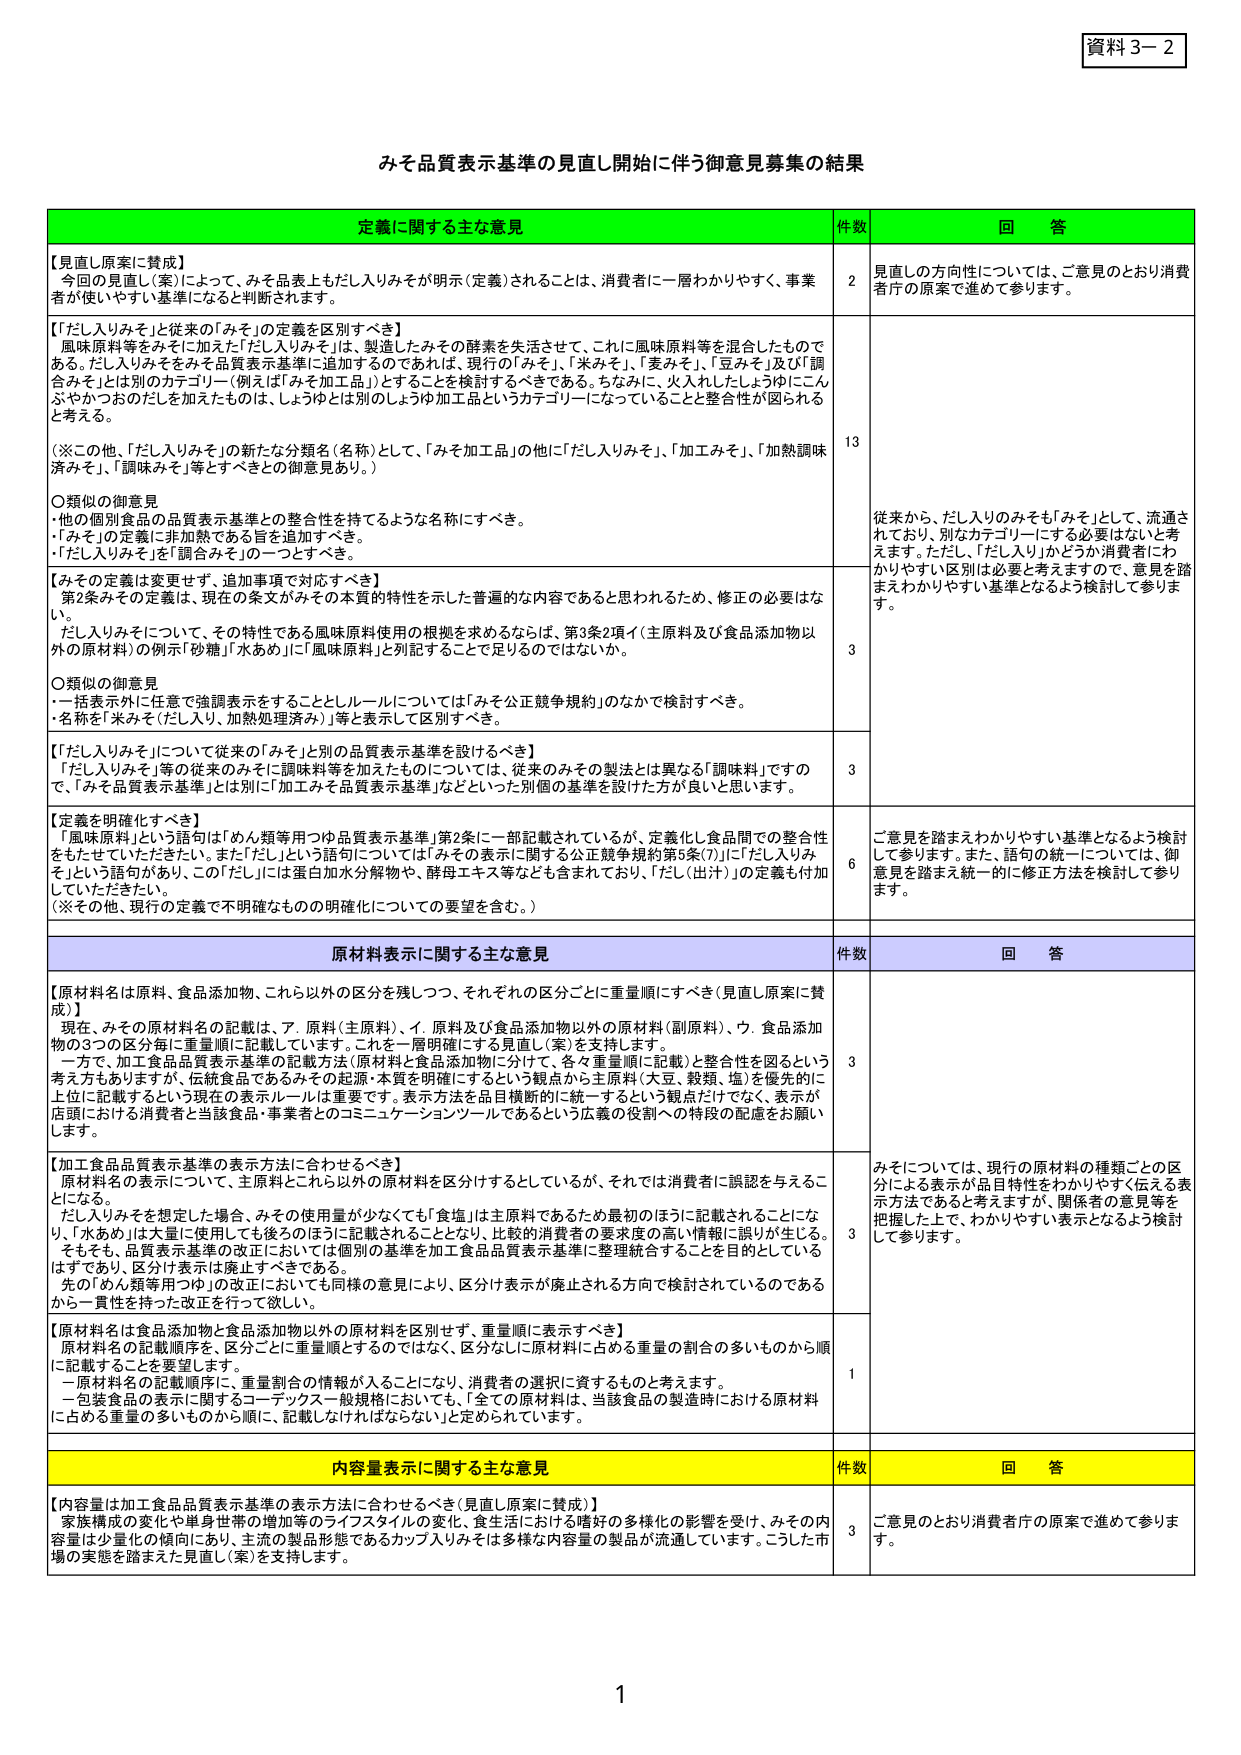
資料３－２

みそ品質表示基準の見直し開始に伴う御意見募集の結果

定義に関する主な意見　　件数　　回答

【見直し原案に賛成】
今回の見直し（案）によって、みそ品表上もだし入りみそが明示（定義）されることは、消費者に一層わかりやすく、事業者が使いやすい基準になると判断されます。
2　見直しの方向性については、ご意見のとおり消費者庁の原案で進めて参ります。

【「だし入りみそ」を従来の「みそ」の定義を区別すべき】
風味原料等をみそに加えた「だし入りみそ」は、製造したみその酵素を失活させて、これに風味原料等を混合したものである。だし入りみそをみそ品質表示基準に追加するのであれば、現行の「みそ」、「米みそ」、「麦みそ」、「豆みそ」及び「調合みそ」とは別のカテゴリー（例えば「みそ加工品」）とすることを検討するべきである。ちなみに、火入れしたしょうゆにこんぶやかつおのだしを加えたものは、しょうゆは別のしょうゆ加工品というカテゴリーになっていることと整合性が図られると考える。
（※この他、「だし入りみそ」の新たな分類名（名称）として、「みそ加工品」の他に「だし入りみそ」、「加工みそ」、「加熱調味済みそ」、「調味みそ」等とすべきとの御意見あり。）
○類似の御意見
・他の個別食品の品質表示基準との整合性を持てるような名称にすべき。
・「みそ」の定義に非加熱である旨を追加すべき。
・「だし入りみそ」を「調合みそ」の一つとすべき。
13　従来から、だし入りのみそも「みそ」として、流通されており、別なカテゴリーにする必要はないと考えます。ただし、「だし入り」かどうか消費者にわかりやすく区別は必要と考えますので、意見を踏まえわかりやすい基準となるよう検討して参ります。

【みその定義は変更せず、追加事項で対応すべき】
第2条みその定義は、現在の条文がみその本質的特性を示した普遍的な内容であると思われるため、修正の必要はない。
だし入りみそについて、その特性である風味原料使用の根拠を求めるならば、第3条2項イ（主原料及び食品添加物以外の原材料）の例示「砂糖」「水あめ」に「風味原料」と列記することで足りるのではないか。
○類似の御意見
・一括表示中に任意で強調表示をすることとしルールについては「みそ公正競争規約」のなかで検討すべき。
・名称を「米みそ（だし入り、加熱処理済み）」等と表示して区別すべき。
3　

【「だし入りみそ」について従来の「みそ」と別の品質表示基準を設けるべき】
「だし入りみそ」等の従来のみそに調味料等を加えたものについては、従来のみその製法とは異なる「調味料」ですので、「みそ品質表示基準」とは別に「加工みそ品質表示基準」などといった別個の基準を設けた方が良いと思います。
3　

【定義を明確化すべき】
「風味原料」という語句は「めん類等用つゆ品質表示基準」第2条に一部記載されているが、定義化し食品間での整合性をもたせていただきたい。また「だし」という語句については「みその表示に関する公正競争規約第5条(7)」に「だし入りみそ」という語句があり、この「だし」には蛋白加水分解物や、酵母エキス等なども含まれており、「だし（出汁）」の定義も付加していただきたい。
（※その他、現行の定義で不明確なものの明確化についての要望を含む。）
6　ご意見を踏まえわかりやすい基準となるよう検討して参ります。また、語句の統一については、御意見を踏まえ統一的に修正方法を検討して参ります。

原材料表示に関する主な意見　　件数　　回答

【原材料名は原料、食品添加物、これ以外の区分を残しつつ、それぞれの区分ごとに重量順にすべき（見直し原案に賛成）】
現在、みその原材料名の記載は、ア．原料（主原料）、イ．原料及び食品添加物以外の原材料（副原料）、ウ．食品添加物の3つの区分毎に重量順に記載しています。これを一層明確にする見直し（案）を支持します。
一方で、加工食品品質表示基準の記載方法（原材料と食品添加物に分け、各々重量順に記載）と整合性を図るという考え方もありますが、伝統食品であるみその起源・本質を明確にするという観点から主原料（大豆、穀類、塩）を優先的に上位に記載するという現在の表示ルールは重要です。表示方法を品目横断的に統一するという観点だけでなく、表示が店頭における消費者と当該食品・事業者とのコミュニケーションツールであるという広義の役割への特段の配慮をお願いします。
3　

【加工食品品質表示基準の表示方法に合わせるべき】
原材料名の表示について、主原料とこれ以外の原材料を区分けするとしているが、それでは消費者に誤認を与えることになる。
だし入りみそを想定した場合、みその使用量が少なくても「食塩」は主原料であるため最初のほうに記載されることになり、「水あめ」は大量に使用しても後ろのほうに記載されることとなり、比較的消費者の要求度の高い情報に誤りが生じる。そもそも、品質表示基準の改正においては個別の基準を加工食品品質表示基準に整理統合することを目的としているはずであり、区分け表示は廃止すべきである。
先の「めん類等用つゆ」の改正においても同様の意見により、区分け表示が廃止される方向で検討されているのであるから一貫性を持った改正を行って欲しい。
3　みそについては、現行の原材料の種類ごとの区分による表示が品目特性をわかりやすく伝える表示方法であると考えますが、関係者の意見等を把握した上で、わかりやすい表示となるよう検討して参ります。

【原材料名は食品添加物と食品添加物以外の原材料を区別せず、重量順に表示すべき】
原材料名の記載順序を、区分ごとに重量順とするのではなく、区分なしに原材料に占める重量の割合の多いものから順に記載することを要望します。
一原材料名の記載順序に、重量割合の情報が入ることになり、消費者の選択に資するものと考えます。
一包装食品の表示に関するコーデックス一般規格においても、「全ての原材料は、当該食品の製造時における原材料に占める重量の多いものから順に、記載しなければならない」と定められています。
1　

内容量表示に関する主な意見　　件数　　回答

【内容量は加工食品品質表示基準の表示方法に合わせるべき（見直し原案に賛成）】
家族構成の変化や単身世帯の増加等のライフスタイルの変化、食生活における嗜好の多様化の影響を受け、みその内容量は少量化の傾向にあり、主流の製品形態であるカップ入りみそは多様な内容量の製品が流通しています。こうした市場の実態を踏まえた見直し（案）を支持します。
3　ご意見のとおり消費者庁の原案で進めて参ります。

1